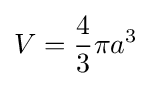
V={\frac {4}{3}}\pi a^{3}